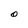
Character: O